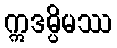
ဣဒမ္ပိမဿ